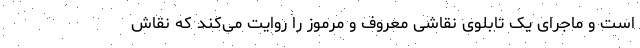
است و ماجرای یک تابلوی نقاشی معروف و مرموز را روایت می‌کند که نقاش